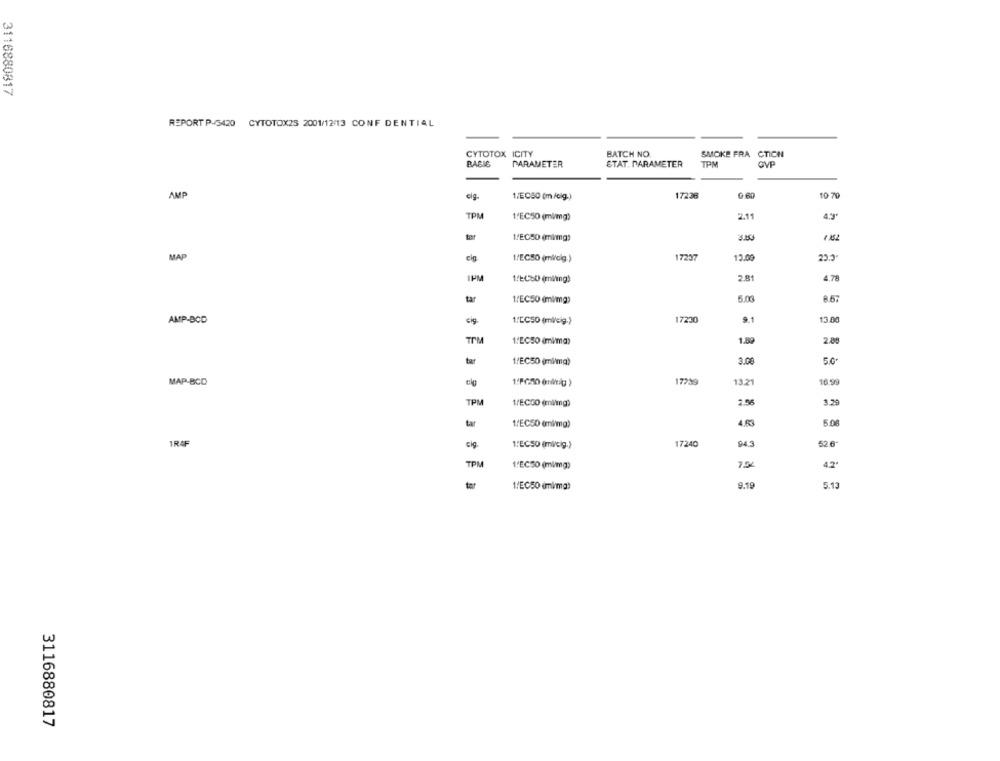
3116880817
REPORT P/5420 CYTOTOX25 2001/12/13 CONF DENTIAL
CYTOTOX ICITY
BATCH NO
SMOKE FRA CTICH
BABIS
PARAMETER
STAT. PARAMETER
TPM
GVP
AMP
elg.
1/ECSQ (m /clg.)
17238
G:60
10 70
TPM
1'EC50 (mi/mg)
2.11
4,9'
tør
1/EC50 (minmg)
MAP
1/ECSO (mi/alg.)
7237
13.00
IPM
1.EC:0 (ml/mg)
2.81
4.78
tar
5.03
8.67
1/EC50 (mi/mg)
AMP-BCD
cig
7230
9.1
13.00
1.[C50 (mi/cig.)
TIM
1.EC50 (mi/ma)
1.8
ta
1/EC50 (mi/ma)
3.00
50
13.21
16.99
MAP-BCD
TPM
1/ECCO (milmg)
3.29
tar
1/EC50 (mi/mg)
4R
5.08
943
526
1RAF
cig.
1:ECSO (mi/cig.)
17240
TPM
1'EC50 (milmg)
4.24
tar
1/EC50 (mi/mg)
9.19
5.13
3116880817